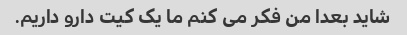
شاید بعدا من فکر می کنم ما یک کیت دارو داریم.